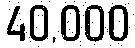
40,000